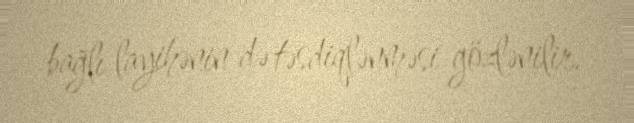
bağlı layihənin də təsdiqlənməsi gözlənilir.